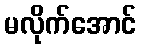
မလိုက်အောင်